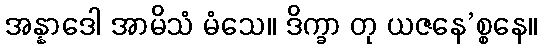
အန္နာဒေါ အာမိသံ မံသေ။ ဒိက္ခာ တု ယဇနေ’စ္စနေ။